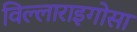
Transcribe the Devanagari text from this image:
विल्लाराइगोसा